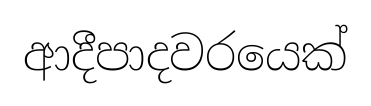
ආදීපාදවරයෙක්